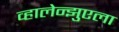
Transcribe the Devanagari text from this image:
व्हालेन्झुएला